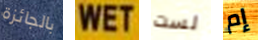
بالجائزة WET لست إم